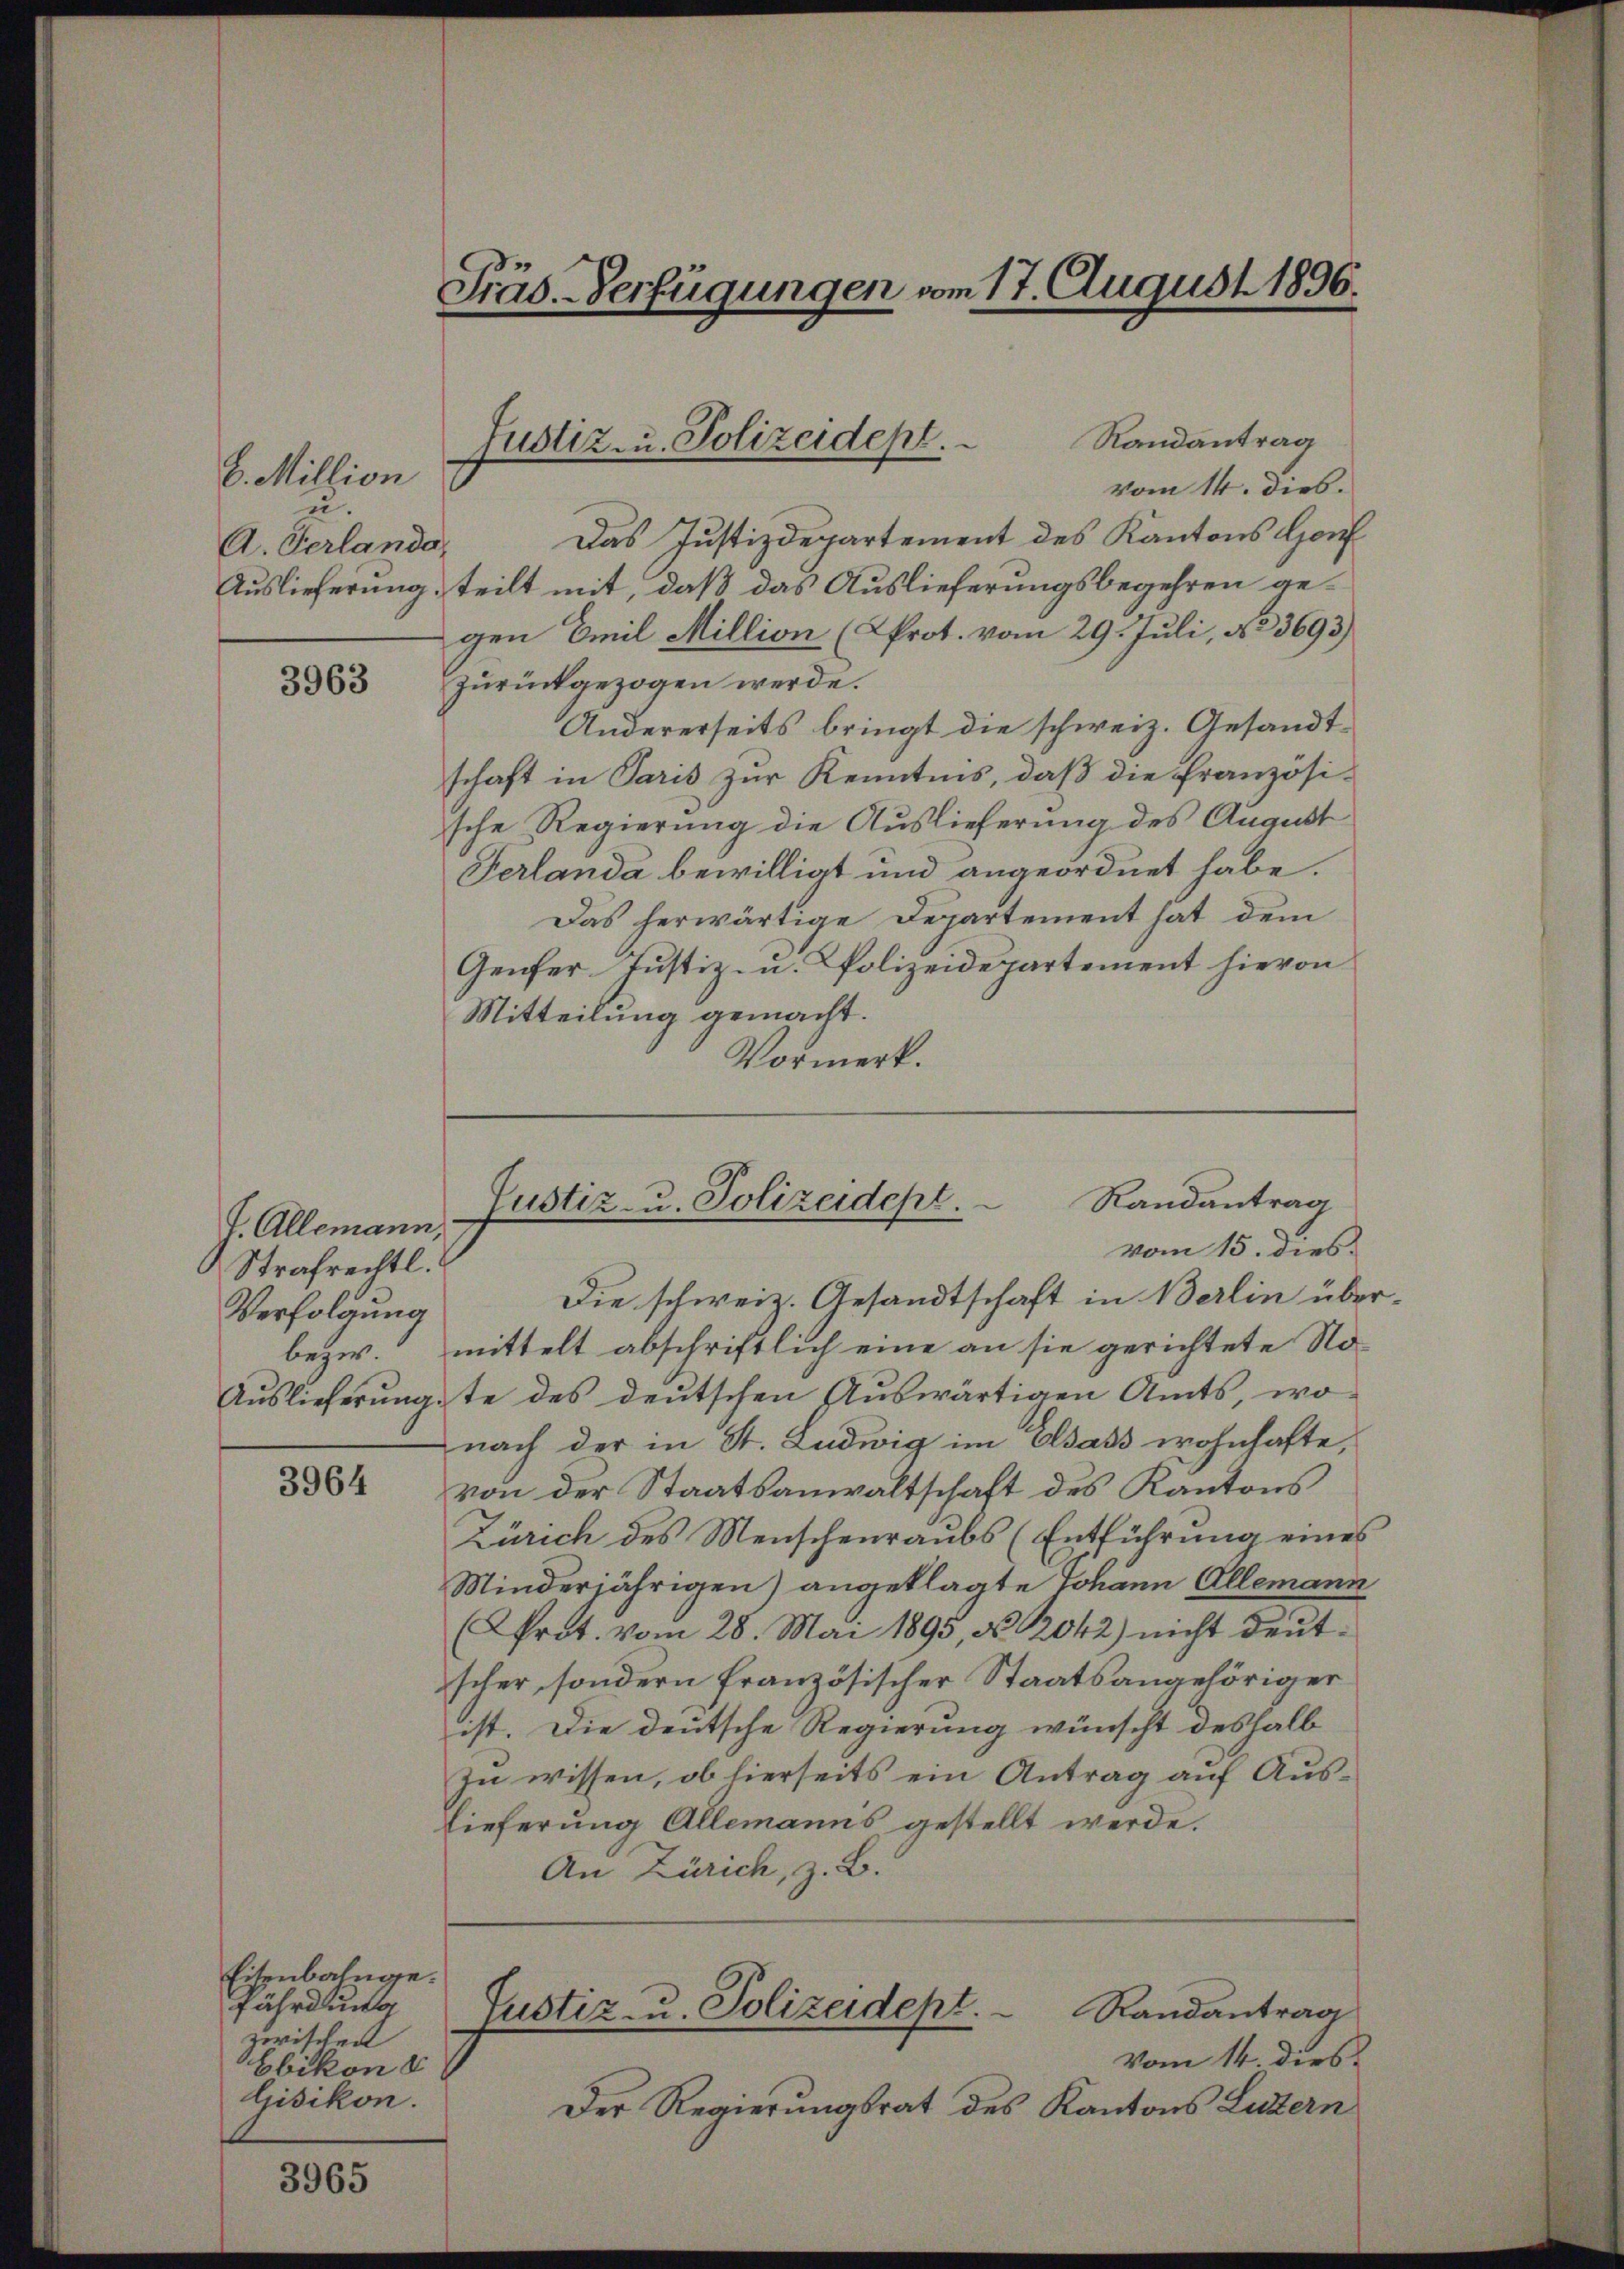
B. Million
u.
A. Verlanda

3963

J. Allemann,
Strafrechtl.
Verfolgung

3964

Eisenbahnge
fährdun
zwischen
Ebikon &
Gisikon.

3965

Präs.-Verfügungen vom 17. August 1896.

Justiz- u. Polizeidepl.

Randantrag
vom 14. Dieb.
Das Justizdepartement des Kantons Hof
Auslieferung, teilt mit, daß das Auslieferungsbegehren gegen Emil Million (Prot. vom 29. Juli, 483693)
zurückgezogen werde.
Andererseits bringt die schweiz. Gesandtschaft in Paris zur Kenntnis, daß die französi-
sche Regierung die Auslieferung des August
Ferlanda bewilligt und angeordnet habe.
Das herwärtige Departement hat dem
Genfer Justiz- u. Polizeidepartement hievon
Mitteilung gemacht.
Vormerk.

Randantrag
e
Justiz- u. Polizeidept.
vom 15. dies

Die schweiz. Gesandtschaft in Berlin über
bezw. mittelt abschriftlich eine an sie gerichtete No-
Auslieferungste des deutschen Auswärtigen Amts, wo
nach der in St. Ludwig im Osass wohnhafte,
von der Staatsanwaltschaft des Kantons
Zürich des Menschenraubs (Entführung eines
Minderjährigen) angeklagte Johann Allemann,
(AProt. vom 28. Mai 1895, No. 2042) nicht deutscher, sondern französischer Staatsangehöriger
ist. Die deutsche Regierung wünscht deshalb
zu wissen, ob hierseits ein Antrag auf Aus¬
Lieferung Allemanns gestellt werde.
An Zürich, z. B.
Randantrag
Justiz- u. Polizeidept.
Vom 14. dies
Der Regierungsrat des Kantons Luzern